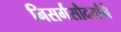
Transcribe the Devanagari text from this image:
निसर्गसौदर्यांने